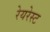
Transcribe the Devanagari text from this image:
रेयरेस्ट